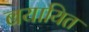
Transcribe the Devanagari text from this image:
बयायित